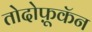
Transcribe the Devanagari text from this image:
तोदोफ़ूकॅन